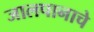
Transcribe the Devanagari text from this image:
जालपानाचे